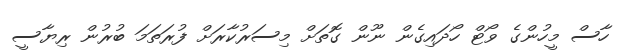
ހާސް މީހުންގެ ވޯޓް ހޯދައިގެން ނޫން ގޮތަށް މިސަރުކާރަށް ފުރަތަމަ ބުރުން ރިޔާސީ